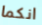
انكما